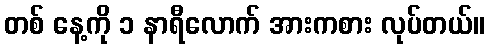
တစ် နေ့ကို ၁ နာရီလောက် အားကစား လုပ်တယ်။